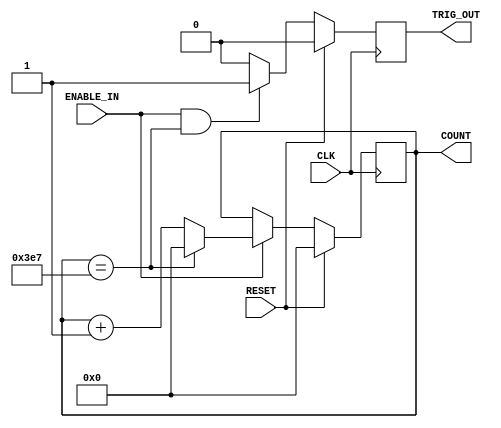
module Generic_counter(
                       CLK,
                       RESET,
                       ENABLE_IN,
                       TRIG_OUT,
                       COUNT  
                       );
                       
    parameter COUNTER_WIDTH= 10;
    parameter COUNTER_MAX= 999;

     input CLK;
     input RESET;
     input ENABLE_IN;
     output TRIG_OUT;
     output [COUNTER_WIDTH -1:0]  COUNT ;
 
     reg [COUNTER_WIDTH-1:0] count_value;
     reg Trigger_out;
 
       //synchrounous logic for count_value
       always@(posedge CLK) begin
         if(RESET)
           count_value<=0;
         else begin
            if(ENABLE_IN) begin
               if(count_value==COUNTER_MAX)
                  count_value=0;
               else 
                  count_value<=count_value+1;
           end
         end    
       end
       
       //synchronous logic for Trigger_out
       always@(posedge CLK) begin
          if(RESET)
            Trigger_out=0;
          else begin
             if(ENABLE_IN&&(count_value==COUNTER_MAX))
                Trigger_out=1;
             else 
                Trigger_out=0;
            end
       end
            
       assign COUNT = count_value;
       assign  TRIG_OUT = Trigger_out;

endmodule